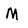
Character: M